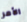
الأمر